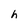
Character: h